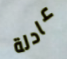
عادلة